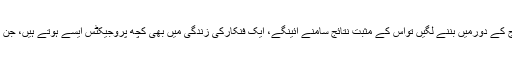
اگراسی طرز کی فلمیں آج کے دورمیں بننے لگیں تواس کے مثبت نتائج سامنے آئینگے، ایک فنکارکی زندگی میں بھی کچھ پروجیکٹس ایسے ہوتے ہیں، جن کو کبھی بھلایا نہیں جاتا۔